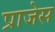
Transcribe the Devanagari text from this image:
प्राजेस